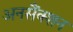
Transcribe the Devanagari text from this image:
अनसैंक्शन